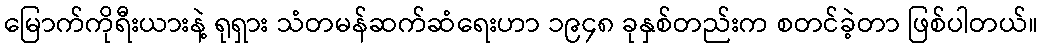
မြောက်ကိုရီးယားနဲ့ ရုရှား သံတမန်ဆက်ဆံရေးဟာ ၁၉၄၈ ခုနှစ်တည်းက စတင်ခဲ့တာ ဖြစ်ပါတယ်။